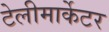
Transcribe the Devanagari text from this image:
टेलीमार्केटर